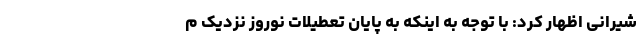
شیرانی اظهار کرد: با توجه به اینکه به پایان تعطیلات نوروز نزدیک م